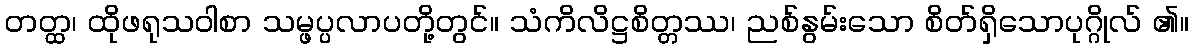
တတ္ထ၊ ထိုဖရုသဝါစာ သမ္ဖပ္ပလာပတို့တွင်။ သံကိလိဋ္ဌစိတ္တဿ၊ ညစ်နွမ်းသော စိတ်ရှိသောပုဂ္ဂိုလ် ၏။